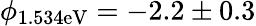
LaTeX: \phi_{\mathrm{1.534eV}}=-2.2\pm 0.3